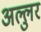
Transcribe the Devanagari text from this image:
अल्लुर